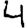
Digit: 4